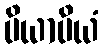
ပိယာပိယံ